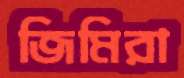
জিমিরা